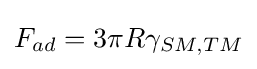
F_{ad}=3\pi R\gamma _{SM,TM}